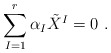
\begin{align*} \sum^{r}_{I=1}\alpha_{I}\tilde{X}^I = 0\ .\end{align*}